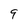
Character: 9